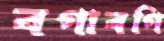
বগাবগি